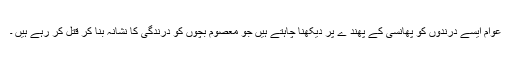
عوام ایسے درندوں کو پھانسی کے پھند ے پر دیکھنا چاہتے ہیں جو معصوم بچوں کو درندگی کا نشانہ بنا کر قتل کر رہے ہیں ۔